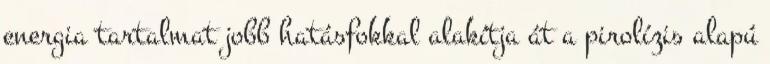
energia tartalmat jobb hatásfokkal alakítja át a pirolízis alapú